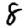
Digit: 8